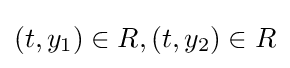
(t,y_{1})\in R,(t,y_{2})\in R